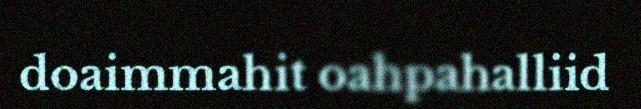
doaimmahit oahpahalliid